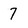
Character: 7